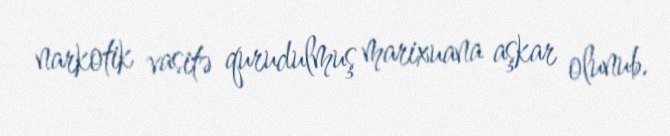
narkotik vasitə qurudulmuş marixuana aşkar olunub.